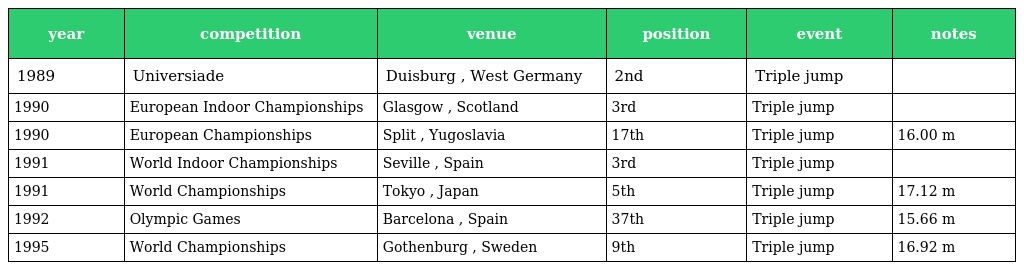
| year | competition | venue | position | event | notes |
 | --- | --- | --- | --- | --- | --- |
 | 1989 | Universiade | Duisburg , West Germany | 2nd | Triple jump |  |
 | 1990 | European Indoor Championships | Glasgow , Scotland | 3rd | Triple jump |  |
 | 1990 | European Championships | Split , Yugoslavia | 17th | Triple jump | 16.00 m |
 | 1991 | World Indoor Championships | Seville , Spain | 3rd | Triple jump |  |
 | 1991 | World Championships | Tokyo , Japan | 5th | Triple jump | 17.12 m |
 | 1992 | Olympic Games | Barcelona , Spain | 37th | Triple jump | 15.66 m |
 | 1995 | World Championships | Gothenburg , Sweden | 9th | Triple jump | 16.92 m |